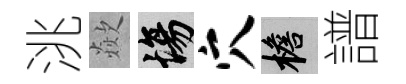
洮歘場穴檐譜